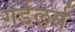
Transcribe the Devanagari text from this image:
गर्डलर्स